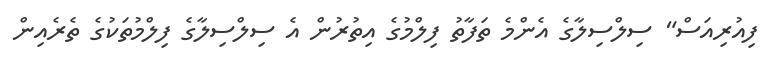
ފިއުރިއަސް" ސިލްސިލާގެ އެންމެ ތަފާތު ފިލްމުގެ އިތުރުން އެ ސިލްސިލާގެ ފިލްމުތަކުގެ ތެރެއިން